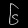
Digit: ၆